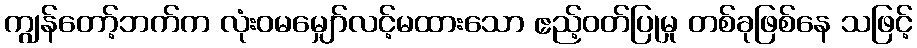
ကျွန်တော့်ဘက်က လုံးဝမမျှော်လင့်မထားသော ဧည့်ဝတ်ပြုမှု တစ်ခုဖြစ်နေ သဖြင့်